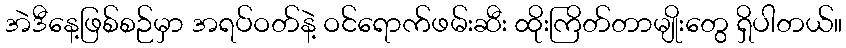
အဲဒီနေ့ဖြစ်စဉ်မှာ အရပ်ဝတ်နဲ့ ဝင်ရောက်ဖမ်းဆီး ထိုးကြိတ်တာမျိုးတွေ ရှိပါတယ်။